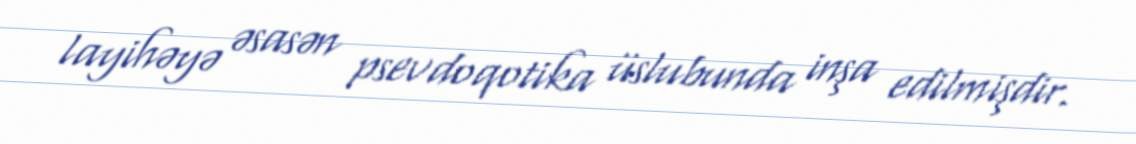
layihəyə əsasən psevdoqotika üslubunda inşa edilmişdir.